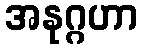
အနုဂ္ဂဟာ